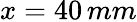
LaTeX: x=40\, mm